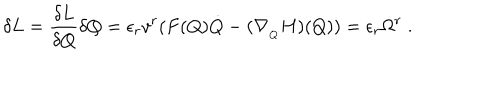
\delta L = \frac { \delta L } { \delta Q } \delta Q = \epsilon _ { r } v ^ { r } ( F ( Q ) \dot { Q } - ( \nabla _ { _ Q } H ) ( Q ) ) = \epsilon _ { r } \Omega ^ { r } \; .